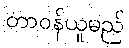
တာဝန်ယူမည်